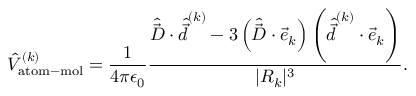
\hat { V } _ { \mathrm { a t o m - m o l } } ^ { ( k ) } = \frac { 1 } { 4 \pi \epsilon _ { 0 } } \frac { \hat { \vec { D } } \cdot \hat { \vec { d } } ^ { ( k ) } - 3 \left( \hat { \vec { D } } \cdot \vec { e } _ { k } \right) \left( \hat { \vec { d } } ^ { ( k ) } \cdot \vec { e } _ { k } \right) } { | R _ { k } | ^ { 3 } } .